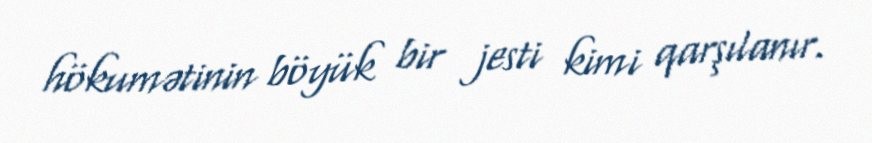
hökumətinin böyük bir jesti kimi qarşılanır.